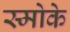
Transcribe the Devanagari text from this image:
स्मोके